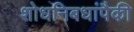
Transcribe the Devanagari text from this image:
शोधनिबधांपैकी